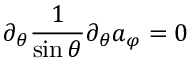
\partial _ { \theta } \frac { 1 } { \sin \theta } \partial _ { \theta } a _ { \varphi } = 0